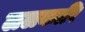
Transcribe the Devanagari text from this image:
ललकारि